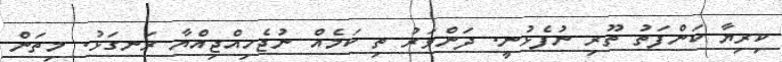
ކިރިޔާ ކަންފަތު ތޫރި ނުފެޅުނީ. ދަންވަރު ތި ކަމެއް ނުޖެހިއްޖިއްޔާ ރަނގަޅު. މިތަން